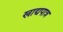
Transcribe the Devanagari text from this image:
खाद्यपात्र